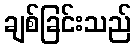
ချစ်ခြင်းသည်